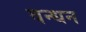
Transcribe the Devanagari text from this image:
वन्धन